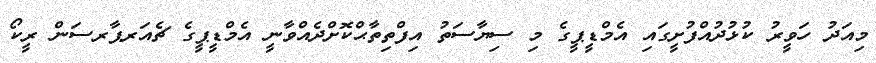
މިއަދު ހަވީރު ކުޅުދުއްފުށީގައި އެމްޑީޕީގެ މި ސިޔާސަތު އިފްތިތާޙްކޮށްދެއްވާނީ އެމްޑީޕީގެ ޗެއަރޕާރސަން ރީކޯ